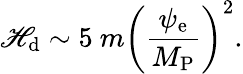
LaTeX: \mathscr{H}_{\mathrm{{d}}}\sim5~m\biggl(\frac{{\psi_{\mathrm{{e}}}}}{{M_{\mathrm{{P}}}}}\biggr)^{2}.